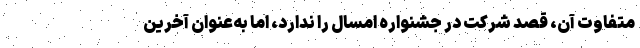
متفاوت آن، قصد شرکت در جشنواره امسال را ندارد، اما به‌عنوان آخرین